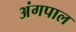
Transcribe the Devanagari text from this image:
अंगपाल